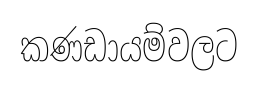
කණඩායම්වලට